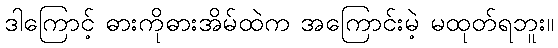
ဒါကြောင့် ဓားကိုဓားအိမ်ထဲက အကြောင်းမဲ့ မထုတ်ရဘူး။